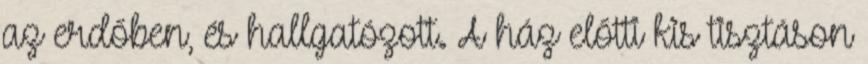
az erdőben, és hallgatózott. A ház előtti kis tisztáson